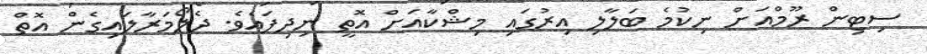
ސިޓިން ރޫމްއަށް ނިކުމެ ބަލާލި އިރުގައި މިޝްކާއަށް އޮތީ ނިދިފައެވެ. ދެލޯމަރާލައިގެން އޮތް